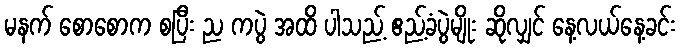
မနက် စောစောက စပြီး ည ကပွဲ အထိ ပါသည့် ဧည့်ခံပွဲမျိုး ဆိုလျှင် နေ့လယ်နေ့ခင်း